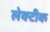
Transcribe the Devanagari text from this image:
लेक्टीक